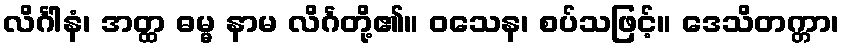
လိင်္ဂါနံ၊ အတ္ထ ဓမ္မ နာမ လိင်္ဂတို့၏။ ဝသေန၊ စပ်သဖြင့်။ ဒေသိတက္တာ၊